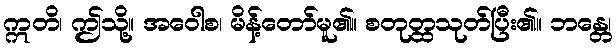
ဣတိ၊ ဤသို့။ အဝေါစ၊ မိန့်တော်မူ၏။ စတုတ္ထသုတ်ပြီး၏။ ဘန္တေ၊